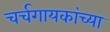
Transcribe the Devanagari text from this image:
चर्चगायकांच्या